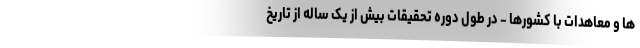
ها و معاهدات با کشورها - در طول دوره تحقیقات بیش از یک ساله از تاریخ